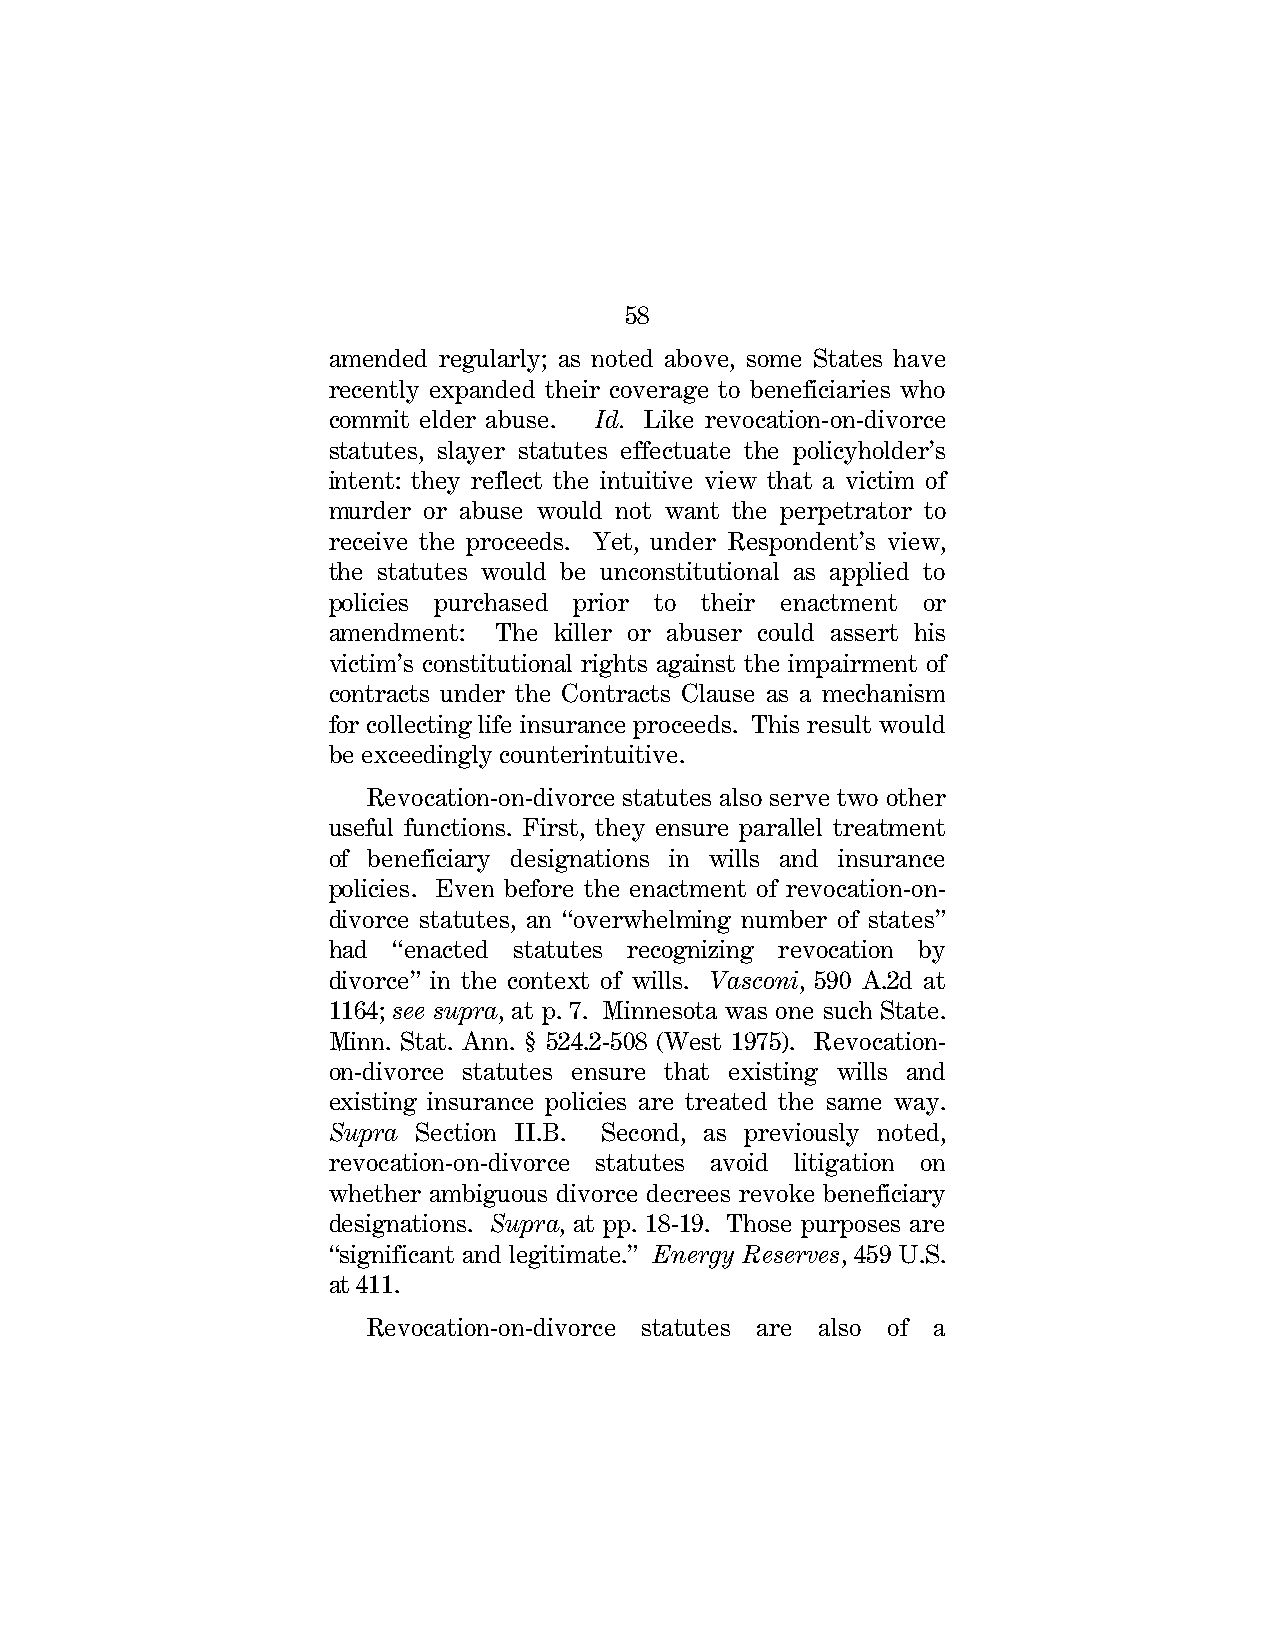
58
 amended regularly; as noted above, some States have
 recently expanded their coverage to beneficiaries who
 commit elder abuse. Id. Like revocation-on-divorce
 statutes, slayer statutes effectuate the policyholder’s
 intent: they reflect the intuitive view that a victim of
 murder or abuse would not want the perpetrator to
 receive the proceeds. Yet, under Respondent’s view,
 the statutes would be unconstitutional as applied to
 policies purchased prior to their enactment or
 amendment: The killer or abuser could assert his
 victim’s constitutional rights against the impairment of
 contracts under the Contracts Clause as a mechanism
 for collecting life insurance proceeds. This result would
 be exceedingly counterintuitive.
 Revocation-on-divorce statutes also serve two other
 useful functions. First, they ensure parallel treatment
 of beneficiary designations in wills and insurance
 policies. Even before the enactment of revocation-on-
 divorce statutes, an “overwhelming number of states”
 had “enacted statutes recognizing revocation by
 divorce” in the context of wills. Vasconi, 590 A.2d at
 1164; see supra, at p. 7. Minnesota was one such State.
 Minn. Stat. Ann. § 524.2-508 (West 1975). Revocation-
 on-divorce statutes ensure that existing wills and
 existing insurance policies are treated the same way.
 Supra Section II.B. Second, as previously noted,
 revocation-on-divorce statutes avoid litigation on
 whether ambiguous divorce decrees revoke beneficiary
 designations. Supra, at pp. 18-19. Those purposes are
 “significant and legitimate.” Energy Reserves, 459 U.S.
 at 411.
 Revocation-on-divorce statutes are also of a